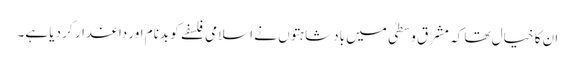
ان کا خیال تھا کہ مشرق وسطیٰ میں بادشاہتوں نے اسلامی فلسفے کو بدنام اور داغدار کر دیا ہے۔